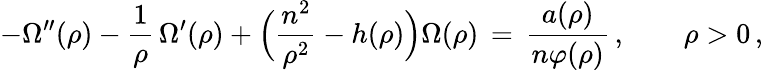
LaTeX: -\Omega^{\prime\prime}(\rho)-\frac{1}{\rho}\, \Omega^{\prime}(\rho)+\Bigl(\frac{n^{2}}{\rho^{2}}-h(\rho)\Bigr)\Omega(\rho)\, =\, \frac{a(\rho)}{n\varphi(\rho)}\, ,\qquad\rho>0\, ,